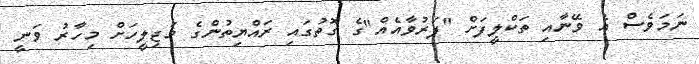
ނަމަވެސް އެ ވޭނާއި ތަކްލީފަށް "ފަރުވާއެއް"ގެ ގޮތުގައި ރައްޔިތުންގެ މަޖިލީހަށް މިހާރު ވަނީ